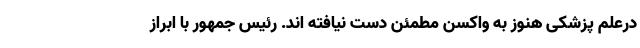
درعلم پزشکی هنوز به واکسن مطمئن دست نیافته اند. رئیس جمهور با ابراز